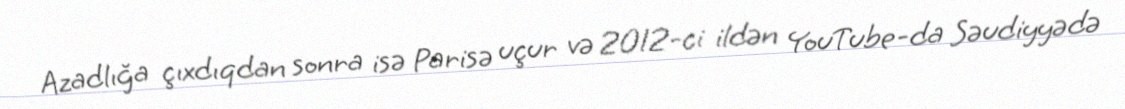
Azadlığa çıxdıqdan sonra isə Parisə uçur və 2012-ci ildən YouTube-da Səudiyyədə